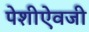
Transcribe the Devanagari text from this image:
पेशीऐवजी